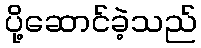
ပို့ဆောင်ခဲ့သည်